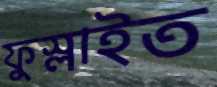
ফুস্‌লাইত